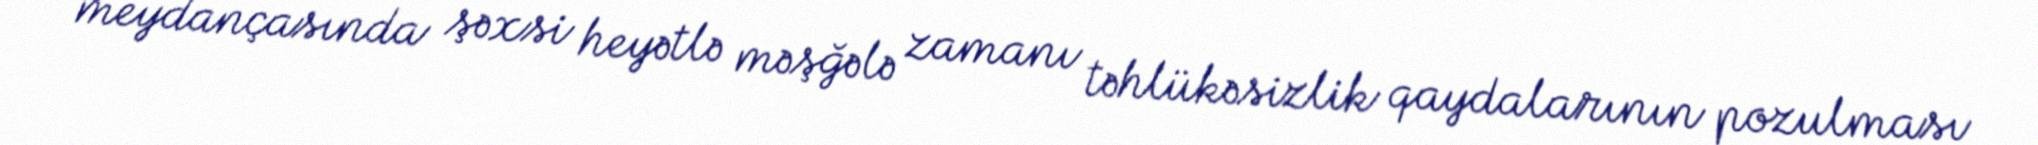
meydançasında şəxsi heyətlə məşğələ zamanı təhlükəsizlik qaydalarının pozulması